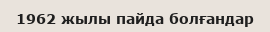
1962 жылы пайда болғандар